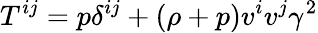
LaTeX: T^{ij}=p\delta^{ij}+(\rho+p)v^{i}v^{j}\gamma^{2}